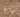
روم